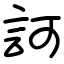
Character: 訶